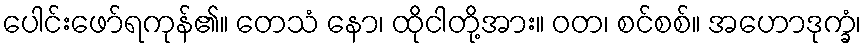
ပေါင်းဖော်ရကုန်၏။ တေသံ နော၊ ထိုငါတို့အား။ ဝတ၊ စင်စစ်။ အဟောဒုက္ခံ၊